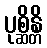
ပုစ္ဆိန္တိ